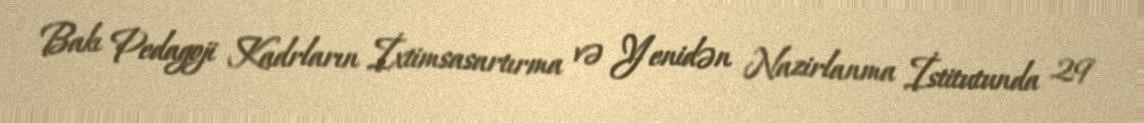
Bakı Pedagoji Kadrların İxtimsasartırma və Yenidən Nazirlanma İstitutunda 29